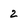
Character: 2